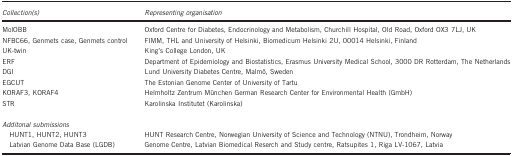
| Collection(s) | Representing organisation |
 | --- | --- |
 | MolOBB | Oxford Centre for Diabetes, Endocrinology and Metabolism, ChurchillHospital, Old Road, Oxford OX3 7LJ, UK |
 | NFBC66, Genmets case, Genmets control | FIMM, THL and University of Helsinki, Biomedicum Helsinki 2U, 00014Helsinki, Finland |
 | UK-twin | King's College London, UK |
 | ERF | Department of Epidemiology and Biostatistics, Erasmus University MedicalSchool, 3000 DR Rotterdam, The Netherlands |
 | DGI | Lund University Diabetes Centre, Malmö, Sweden |
 | EGCUT | The Estonian Genome Center of University of Tartu |
 | KORAF3, KORAF4 | Helmholtz Zentrum München German Research Center for EnvironmentalHealth (GmbH) |
 | STR | Karolinska Institutet (Karolinska) |
 |  |  |
 | <COLSPAN=2> Additonal submissions |
 | HUNT1, HUNT2, HUNT3 | HUNT Research Centre, Norwegian University of Science and Technology(NTNU), Trondheim, Norway |
 | Latvian Genome Data Base (LGDB) | Genome Centre, Latvian Biomedical Reserch and Study centre, Ratsupites1, Riga LV-1067, Latvia |